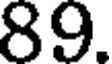
89.